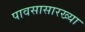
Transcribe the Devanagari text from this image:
पावसासारख्या